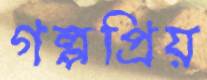
গল্পপ্রিয়